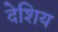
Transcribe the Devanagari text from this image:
देशिय